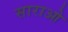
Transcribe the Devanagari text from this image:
साराओ